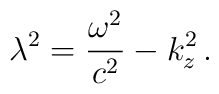
\lambda^2=\frac{\omega^2}{c^2} -k_z^2\,{.}